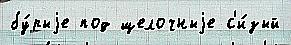
бу́рыjе под щелочныjе с'и́зый